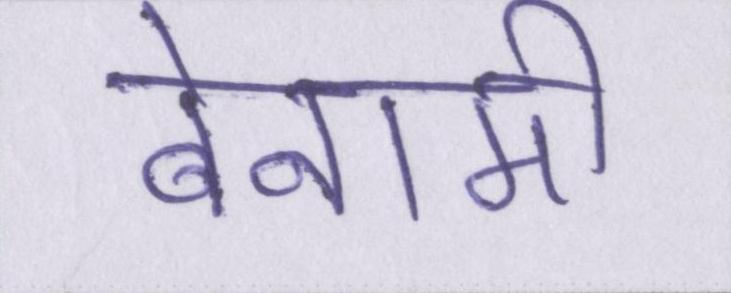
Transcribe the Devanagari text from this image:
बेनामी